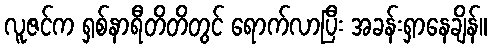
လူဇင်က ရှစ်နာရီတိတိတွင် ရောက်လာပြီး အခန်းရှာနေချိန်။